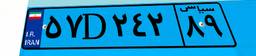
۵۷D۲۴۲۸۹